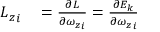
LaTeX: \begin{array} { r l } { { L _ { z } } _ { i } } & { { } = { \frac { \partial { \cal { L } } } { \partial { { \omega _ { z } } _ { i } } } } = { \frac { \partial E _ { k } } { \partial { { \omega _ { z } } _ { i } } } } } \end{array}